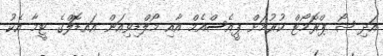
އަދި ޝޯ ޕްރޮމޯޓް ކުރުމަށް ޕީއެސްއެމް އާއި މޯލްޑިވިއަން އައޑޮލްގެ ޓީމާ އެކު